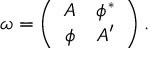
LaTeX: \omega = \left( \begin{array} { c c } { { A } } & { { \phi ^ { * } } } \\ { { \phi } } & { { A ^ { \prime } } } \end{array} \right) .